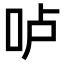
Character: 𠰷